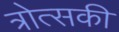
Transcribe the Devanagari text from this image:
त्रोत्सकी